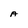
Character: A